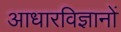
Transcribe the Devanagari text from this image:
आधारविज्ञानों